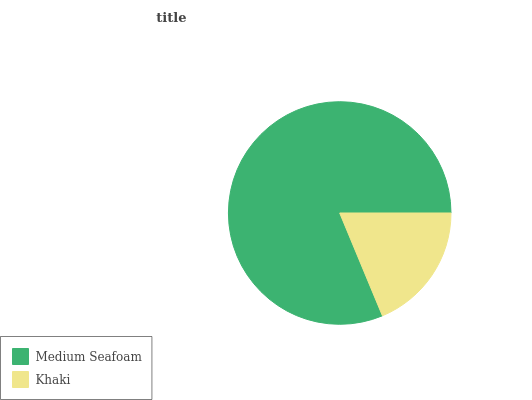
| Medium Seafoam | Khaki |
 | --- | --- |
 | 81.2% | 18.8% |